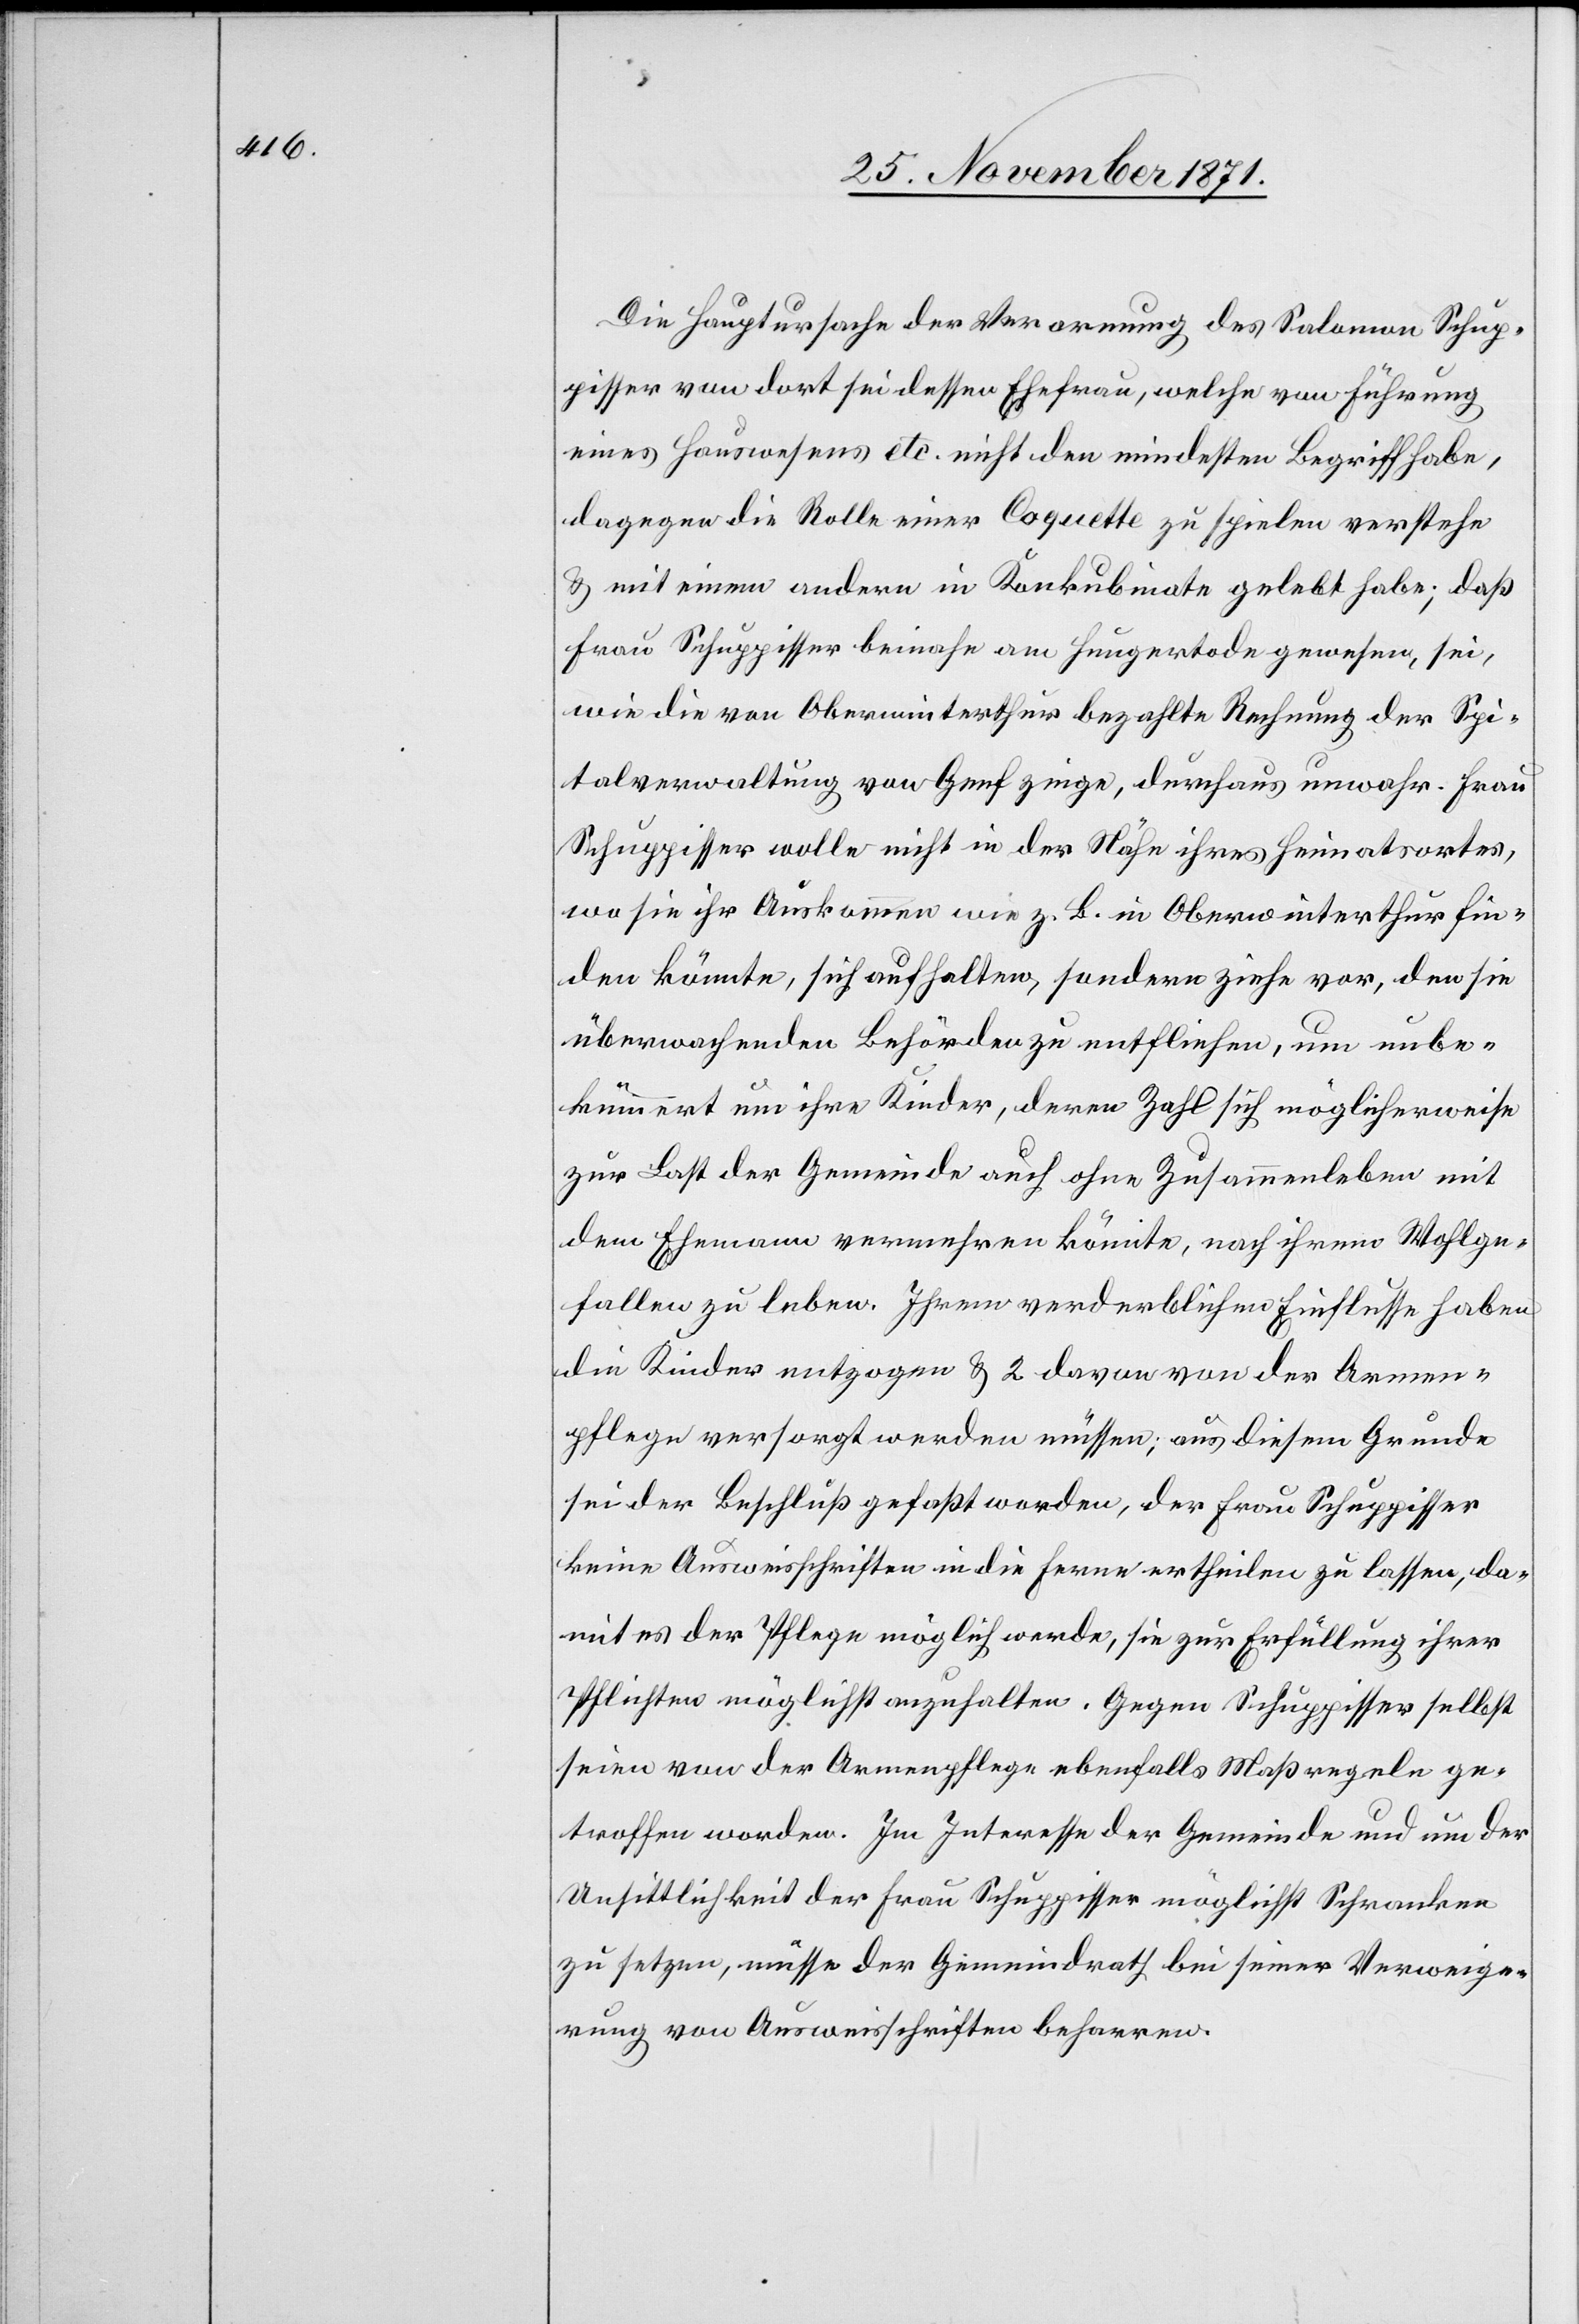
Die Hauptursache der Verarmung des Salomon Schup¬
pisser von dort sei dessen Ehefrau, welche von Führung
eines Hauswesens etc. nicht den mindesten Begriff habe,
dagegen die Rolle einer Coquette zu spielen verstehe
& mit einem andern in Konkubinate gelebt habe; daß
Frau Schuppisser beinahe am Hungertode gewesen, sei,
wie die von Oberwinterthur bezahlte Rechnung der Spi¬
talverwaltung von Genf zeige, durchaus unwahr. Frau
Schuppisser wolle nicht in der Nähe ihres Heimatsortes,
wo sie ihr Auskommen wie z. B. in Oberwinterthur fin¬
den könnte, sich aufhalten, sondern ziehe vor, den sie
überwachenden Behörden zu entfliehen, um unbe¬
kümmert um ihre Kinder, deren Zahl sich möglicherweise
zur Last der Gemeinde auch ohne Zusammenleben mit
dem Ehemann vermehren könnte, nach ihrem Wohlge¬
fallen zu leben. [sic!] Ihrem verderblichen Einflusse haben
die Kinder entzogen & 2 davon von der Armen¬
pflege versorgt werden müssen, aus diesem Grunde
sei der Beschluß gefaßt worden, der Frau Schuppisser
keine Ausweisschriften in die Ferne ertheilen zu lassen, da¬
mit es der Pflege möglich werde, sie zur Erfüllung ihrer
Pflichten möglichst anzuhalten. Gegen Schuppisser selbst
seien von der Armenpflege ebenfalls Maßregeln ge¬
troffen worden. Im Interesse der Gemeinde und um der
Unsittlichkeit der Frau Schuppisser möglichst Schranken
zu setzen, müsse der Gemeindrath bei seiner Verweige¬
rung von Ausweisschriften beharren.